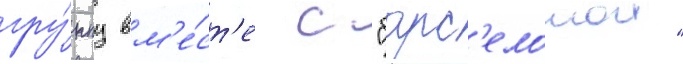
гру́ппу вм'е́ст'е с "барс'елонои"